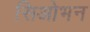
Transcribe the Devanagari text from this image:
सिओभन